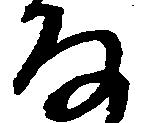
な